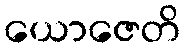
ယောဇေတိ